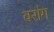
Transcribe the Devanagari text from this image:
वरांग